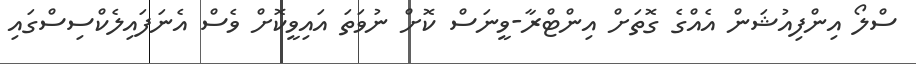
ސްލޯ އިންފިއުޝަން އެއްގެ ގޮތަށް އިންޓްރާ-ވީނަސް ކޮށް ނުވަތަ އައިވީކޮށް ވެސް އެނަފައިލެކްސިސްގައި